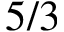
5 / 3